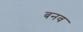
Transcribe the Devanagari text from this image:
बनव